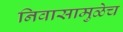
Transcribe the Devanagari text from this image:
निवासामुळेच